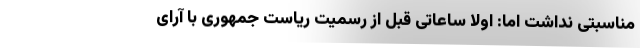
مناسبتی نداشت اما: اولا ساعاتی قبل از رسمیت ریاست جمهوری با آرای